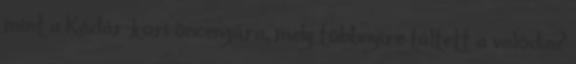
mint a Kádár-kori öncenzúra, mely többnyire túltett a valódin?